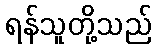
ရန်သူတို့သည်